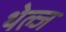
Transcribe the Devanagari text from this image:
थेल्ज